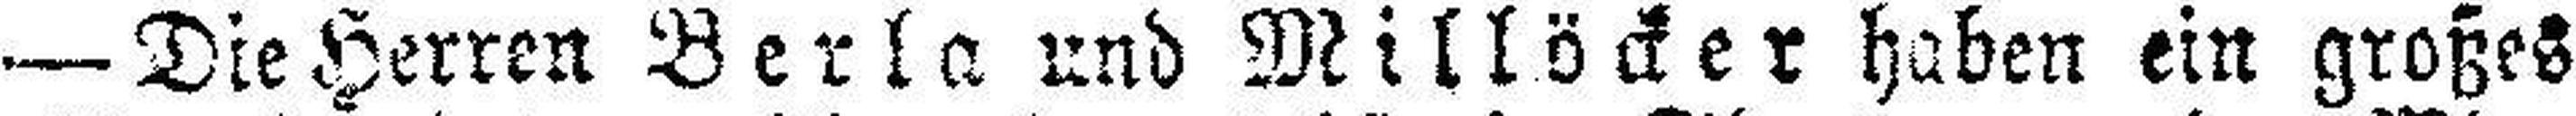
— Die Herren Berla und Millöcker haben ein großes